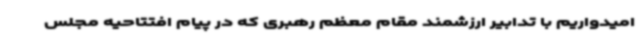
امیدواریم با تدابیر ارزشمند مقام معظم رهبری که در پیام افتتاحیه مجلس